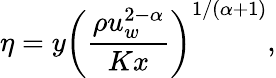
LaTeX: \eta=y\left(\frac{\rho u_{w}^{2-\alpha}}{Kx}\right)^{1/(\alpha+1)},